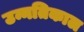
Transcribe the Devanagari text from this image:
उन्नतिकाल